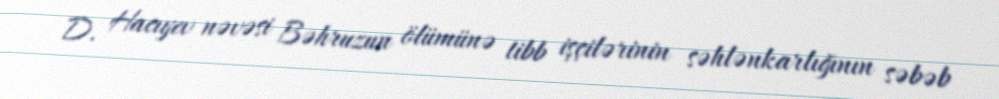
D. Hacıyev nəvəsi Bəhruzun ölümünə tibb işçilərinin səhlənkarlığının səbəb